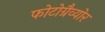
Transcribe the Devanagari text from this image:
फोटोग्रैव्योर